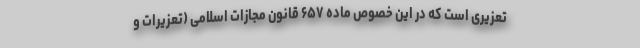
تعزیری است که در این خصوص ماده ۶۵۷ قانون مجازات اسلامی (تعزیرات و